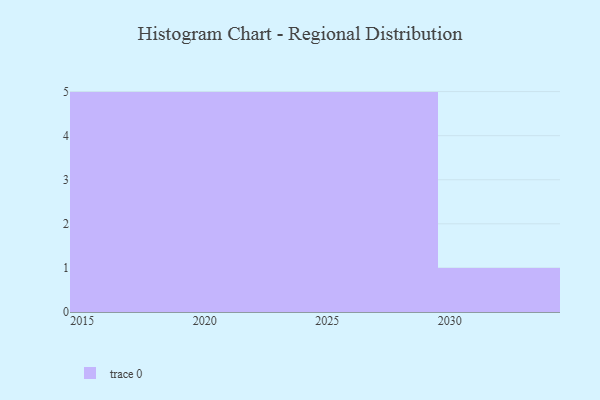
{"axis": {"x": "Year", "y": "Inventory Turnover"}, "legend": [""], "data": [{"x": "2021", "y": 47, "type": ""}, {"x": "2018", "y": 60, "type": ""}, {"x": "2028", "y": 89, "type": ""}, {"x": "2029", "y": 30, "type": ""}, {"x": "2015", "y": 69, "type": ""}, {"x": "2030", "y": 49, "type": ""}, {"x": "2016", "y": 96, "type": ""}, {"x": "2020", "y": 61, "type": ""}, {"x": "2023", "y": 63, "type": ""}, {"x": "2017", "y": 99, "type": ""}, {"x": "2026", "y": 9, "type": ""}, {"x": "2027", "y": 93, "type": ""}, {"x": "2025", "y": 33, "type": ""}, {"x": "2019", "y": 27, "type": ""}, {"x": "2024", "y": 28, "type": ""}, {"x": "2022", "y": 72, "type": ""}]}